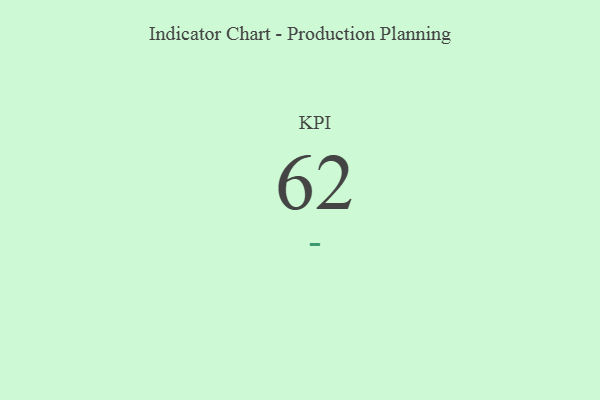
{"axis": {"x": "KPI", "y": "Value"}, "legend": [""], "data": [{"x": "KPI", "y": 62, "type": ""}]}